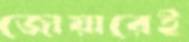
জোয়ারেই